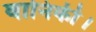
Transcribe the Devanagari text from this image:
वानिकी।